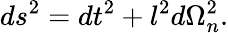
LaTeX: ds^{2}=dt^{2}+l^{2}d\Omega_{n}^{2}.